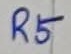
Text: R5